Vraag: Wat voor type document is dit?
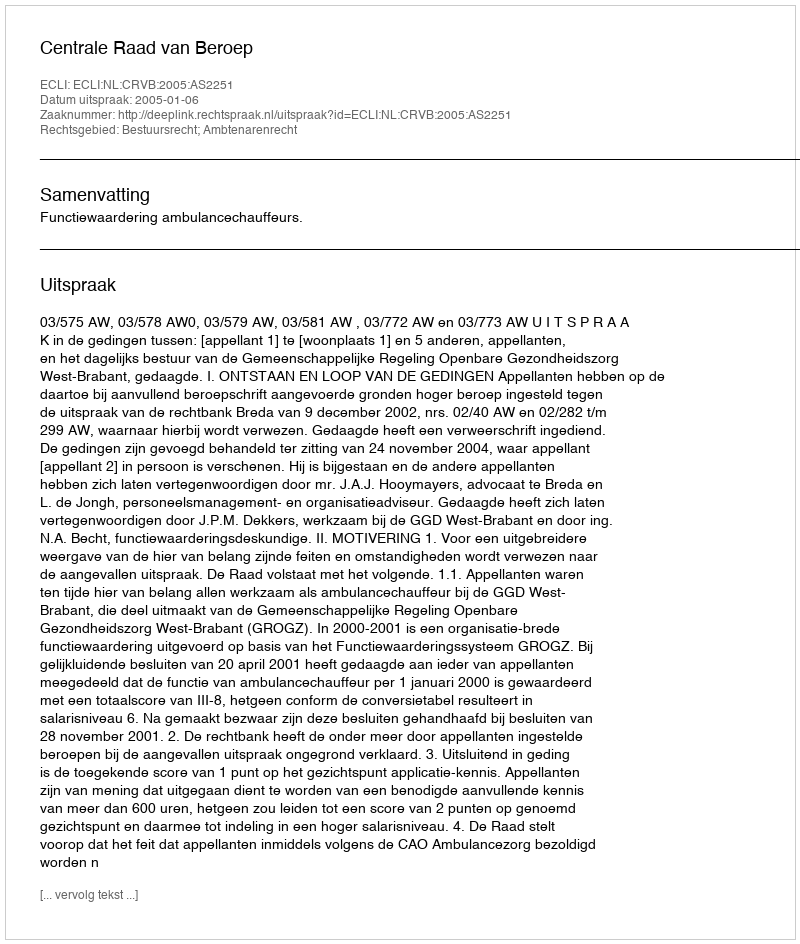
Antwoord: Uitspraak